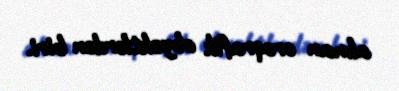
alınan oroqrafik obyektlərdən biri.